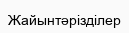
Жайынтәрізділер